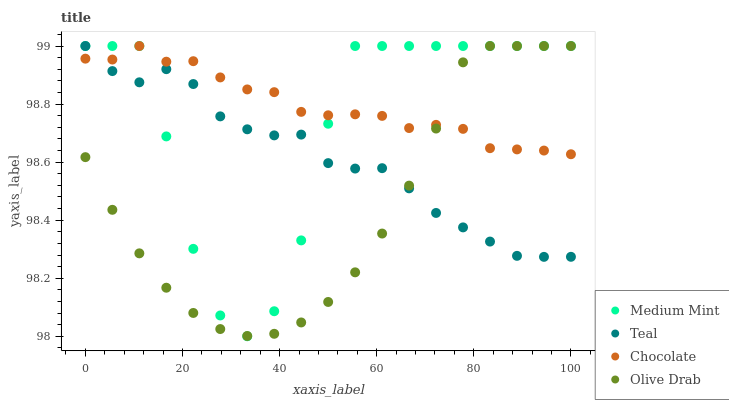
| xaxis_label | Medium Mint | Teal | Chocolate | Olive Drab |
 | --- | --- | --- | --- | --- |
 | 0 | 99 | 99 | 99 | 98.6 |
 | 5.56 | 99 | 98.9 | 99 | 98.4 |
 | 11.1 | 99 | 98.9 | 99 | 98.3 |
 | 16.7 | 98.7 | 98.9 | 98.9 | 98.2 |
 | 22.2 | 98.3 | 98.9 | 98.9 | 98.1 |
 | 27.8 | 98.1 | 98.8 | 98.9 | 98 |
 | 33.3 | 98 | 98.7 | 98.9 | 98 |
 | 38.9 | 98.1 | 98.7 | 98.8 | 98 |
 | 44.4 | 98.3 | 98.7 | 98.8 | 98 |
 | 50 | 98.7 | 98.6 | 98.8 | 98.1 |
 | 55.6 | 99 | 98.6 | 98.8 | 98.2 |
 | 61.1 | 99 | 98.6 | 98.8 | 98.4 |
 | 66.7 | 99 | 98.5 | 98.7 | 98.5 |
 | 72.2 | 99 | 98.4 | 98.7 | 98.7 |
 | 77.8 | 99 | 98.4 | 98.7 | 98.9 |
 | 83.3 | 99 | 98.3 | 98.6 | 99 |
 | 88.9 | 99 | 98.3 | 98.6 | 99 |
 | 94.4 | 99 | 98.3 | 98.6 | 99 |
 | 100 | 99 | 98.3 | 98.6 | 99 |